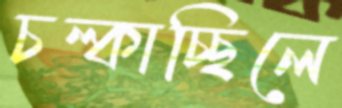
চল্‌কাচ্ছিলে